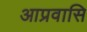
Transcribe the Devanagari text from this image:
आप्रवासि